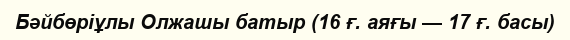
Бәйбөріұлы Олжашы батыр (16 ғ. аяғы — 17 ғ. басы)